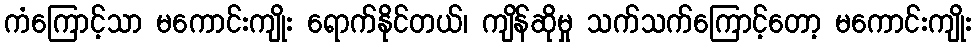
ကံကြောင့်သာ မကောင်းကျိုး ရောက်နိုင်တယ်၊ ကျိန်ဆိုမှု သက်သက်ကြောင့်တော့ မကောင်းကျိုး